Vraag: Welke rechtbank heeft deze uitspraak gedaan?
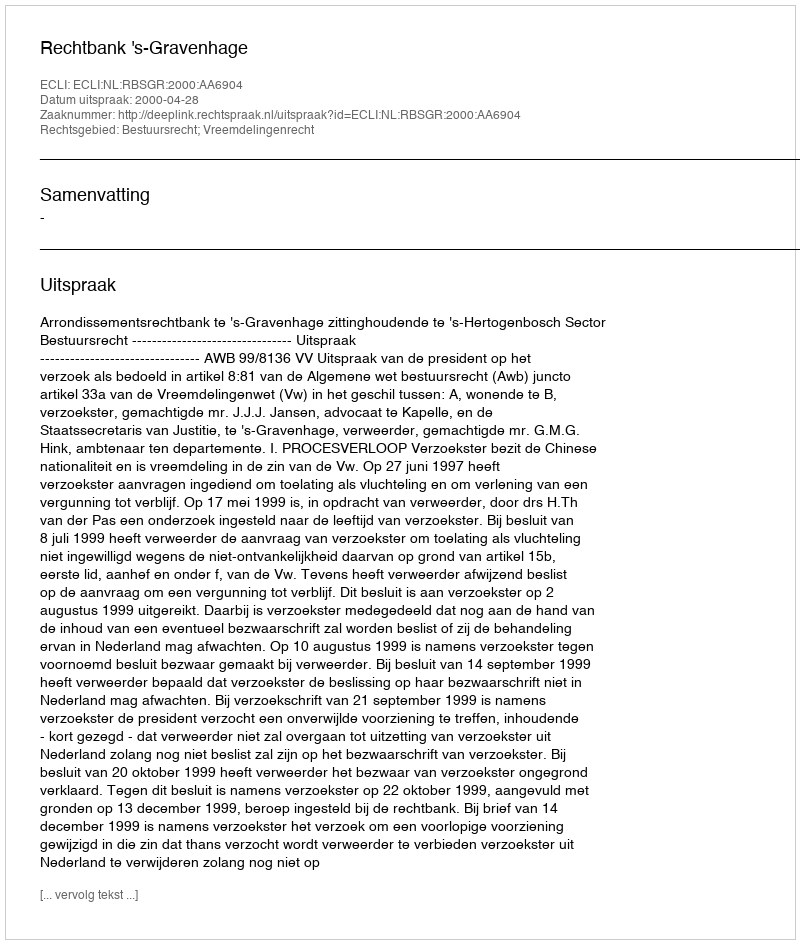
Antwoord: Rechtbank 's-Gravenhage